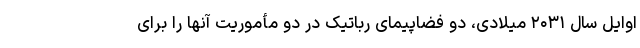
اوایل سال ۲۰۳۱ میلادی، دو فضاپیمای رباتیک در دو مأموریت آنها را برای